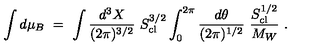
\int d \mu _ { B } \ = \ \int { \frac { d ^ { 3 } X } { ( 2 \pi ) ^ { 3 / 2 } } } \ S _ { \mathrm { c l } } ^ { 3 / 2 } \int _ { 0 } ^ { 2 \pi } { \frac { d \theta } { ( 2 \pi ) ^ { 1 / 2 } } } \ { \frac { S _ { \mathrm { c l } } ^ { 1 / 2 } } { M _ { W } } } \ .